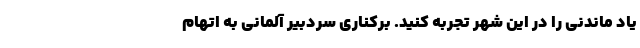
یاد ماندنی را در این شهر تجربه کنید. برکناری سردبیر آلمانی به اتهام